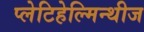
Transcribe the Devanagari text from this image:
प्लेटिहेल्मिन्थीज